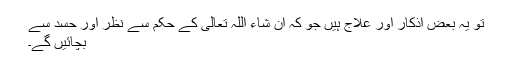
تو یہ بعض اذکار اور علاج ہیں جو کہ ان شاء اللہ تعالی کے حکم سے نظر اور حسد سے
بچائیں گے۔